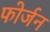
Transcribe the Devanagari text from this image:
फोर्जन